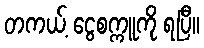
တကယ့် ငွေစက္ကူကို ရပြီ။